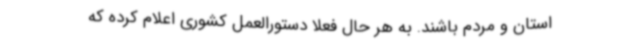
استان و مردم باشند. به هر حال فعلا دستورالعمل کشوری اعلام کرده که